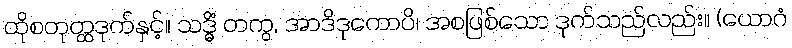
ထိုစတုတ္ထဒုက်နှင့်။ သဒ္ဓိံ တကွ, အာဒိဒုကောပိ၊ အစဖြစ်သော ဒုက်သည်လည်း။ (ယောဂံ